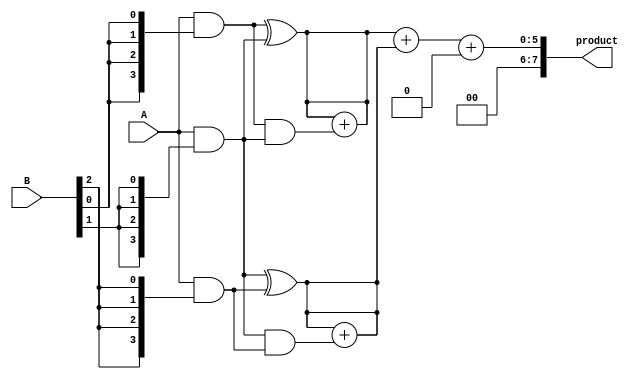
module wallace_tree_multiplier #(parameter A_WIDTH = 4, B_WIDTH = 4)(
    input [A_WIDTH-1:0] A,          // A is n-bit
    input [B_WIDTH-1:0] B,          // B is m-bit
    output reg [A_WIDTH+B_WIDTH-1:0] product // Output product
);
    
    // Generate partial products
    wire [A_WIDTH-1:0] pp[B_WIDTH-1:0]; // Partial products

    genvar i, j;
    generate
        for (i = 0; i < B_WIDTH; i = i + 1) begin : partial_product_gen
            assign pp[i] = A & {A_WIDTH{B[i]}}; // AND A with each bit of B
        end
    endgenerate

    // Wallace tree reduction
    wire [A_WIDTH+B_WIDTH-1:0] sum[0:2*A_WIDTH-1]; // Sums and carries
    wire [2*A_WIDTH-1:0] carry; // Carry bits

    // Stage 1: Group partial products
    wire [A_WIDTH-1:0] stage1_sum[0:A_WIDTH-1]; // Intermediate sums
    wire [A_WIDTH-1:0] stage1_carry[0:A_WIDTH-1]; // Intermediate carries

    for (i = 0; i < B_WIDTH; i = i + 1) begin : stage1
        if (i < B_WIDTH-1) begin
            assign stage1_sum[i] = pp[i] ^ pp[i + 1]; // Half adder for sum
            assign stage1_carry[i] = pp[i] & pp[i + 1]; // Half adder for carry
        end
    end

    // Stage 2: Full adder stage
    for (i = 0; i < A_WIDTH - 1; i = i + 1) begin : stage2
        assign {carry[i], stage1_sum[i]} = stage1_sum[i] + stage1_carry[i]; // Full adder
    end

    // Final Addition (Last two sums)
    wire [A_WIDTH+B_WIDTH-1:0] final_sum; // Final sum
    wire carry_out;

    assign {carry_out, final_sum} = stage1_sum[0] + stage1_sum[1]; // Final addition

    // Assign product output
    always @(*) begin
        product = final_sum + carry_out; // Final product
    end

endmodule